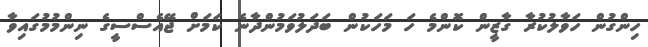
ހިންގުން ހަވާލުކުރާ ގާޒީން ކޮންމެ ހަ މަހަކުން ބަދަލުވަމުންދާނެ ކަމަށް ޖޭއެސްސީގެ ނިންމުމުގައިވާ